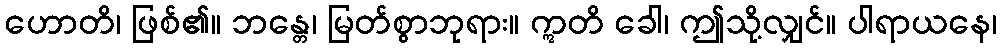
ဟောတိ၊ ဖြစ်၏။ ဘန္တေ၊ မြတ်စွာဘုရား။ ဣတိ ခေါ၊ ဤသို့လျှင်။ ပါရာယနေ၊